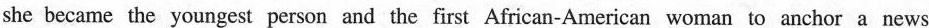
she became the youngest person and the first African-American woman to anchor a news